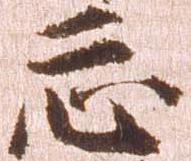
忩